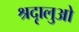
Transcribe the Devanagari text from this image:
श्रदृालुओ